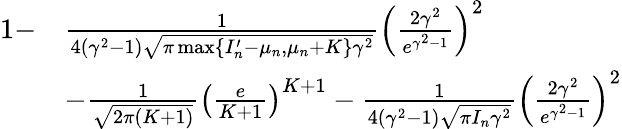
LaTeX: \begin{array}{rl}{1-}&{\frac{1}{4(\gamma^{2}-1)\sqrt{\pi\operatorname*{max}\{ I_{n}^{\prime}-\mu_{n},\mu_{n}+K\} \gamma^{2}}}\left(\frac{2\gamma^{2}}{e^{\gamma^{2}-1}}\right)^{2}}\\ &{-\frac{1}{\sqrt{2\pi(K+1)}}\left(\frac{e}{K+1}\right)^{K+1}-\frac{1}{4(\gamma^{2}-1)\sqrt{\pi I_{n}\gamma^{2}}}\left(\frac{2\gamma^{2}}{e^{\gamma^{2}-1}}\right)^{2}}\end{array}